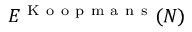
E ^ { \mathrm { ~ K ~ o ~ o ~ p ~ m ~ a ~ n ~ s ~ } } ( N )